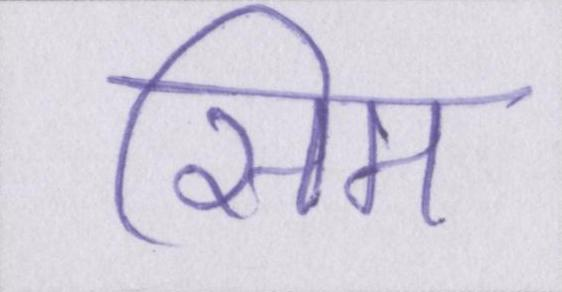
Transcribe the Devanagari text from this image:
सिम